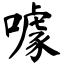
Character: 噱